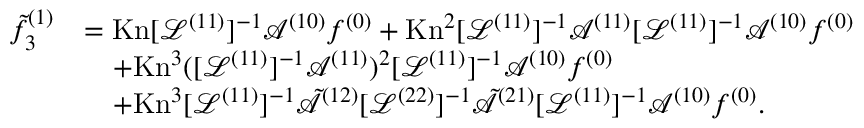
\begin{array} { r l } { \tilde { f } _ { 3 } ^ { ( 1 ) } } & { = \mathrm { K n } [ \mathcal { L } ^ { ( 1 1 ) } ] ^ { - 1 } \mathcal { A } ^ { ( 1 0 ) } f ^ { ( 0 ) } + \mathrm { K n } ^ { 2 } [ \mathcal { L } ^ { ( 1 1 ) } ] ^ { - 1 } \mathcal { A } ^ { ( 1 1 ) } [ \mathcal { L } ^ { ( 1 1 ) } ] ^ { - 1 } \mathcal { A } ^ { ( 1 0 ) } f ^ { ( 0 ) } } \\ & { \quad + \mathrm { K n } ^ { 3 } ( [ \mathcal { L } ^ { ( 1 1 ) } ] ^ { - 1 } \mathcal { A } ^ { ( 1 1 ) } ) ^ { 2 } [ \mathcal { L } ^ { ( 1 1 ) } ] ^ { - 1 } \mathcal { A } ^ { ( 1 0 ) } f ^ { ( 0 ) } } \\ & { \quad + \mathrm { K n } ^ { 3 } [ \mathcal { L } ^ { ( 1 1 ) } ] ^ { - 1 } \tilde { \mathcal { A } } ^ { ( 1 2 ) } [ \mathcal { L } ^ { ( 2 2 ) } ] ^ { - 1 } \tilde { \mathcal { A } } ^ { ( 2 1 ) } [ \mathcal { L } ^ { ( 1 1 ) } ] ^ { - 1 } \mathcal { A } ^ { ( 1 0 ) } f ^ { ( 0 ) } . } \end{array}